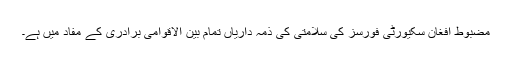
مضبوط افغان سکیورٹی فورسز کی سلامتی کی ذمہ داریاں تمام بین الاقوامی برادری کے مفاد میں ہے۔